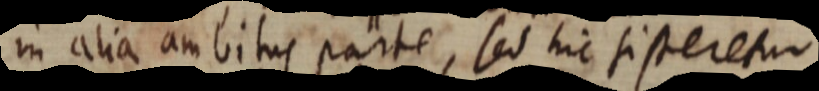
in alia ambitus parte, sed hic sisteretur